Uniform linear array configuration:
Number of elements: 16
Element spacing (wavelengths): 0.5
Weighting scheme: kaiser
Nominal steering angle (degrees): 15
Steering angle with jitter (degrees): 14.253
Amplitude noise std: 0.05
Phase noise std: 0.05

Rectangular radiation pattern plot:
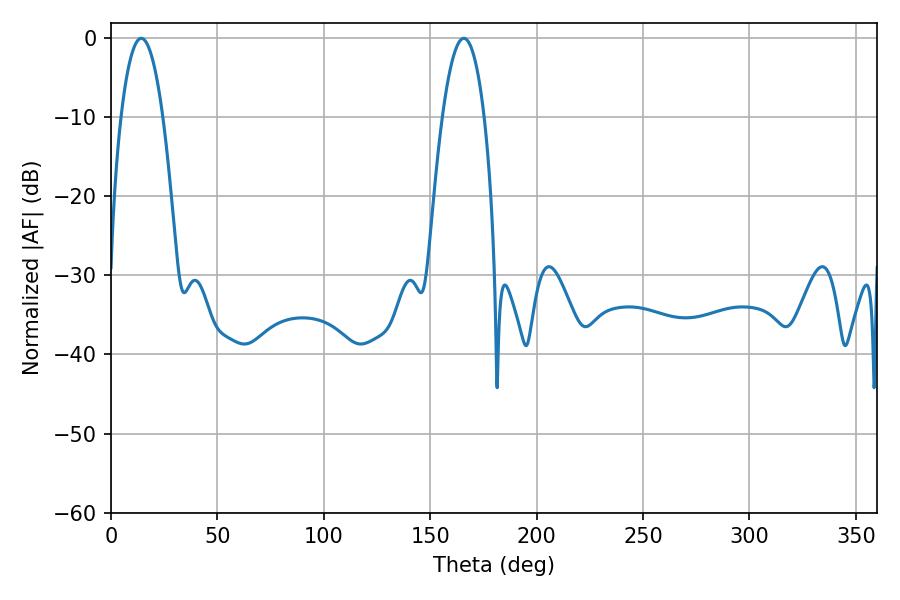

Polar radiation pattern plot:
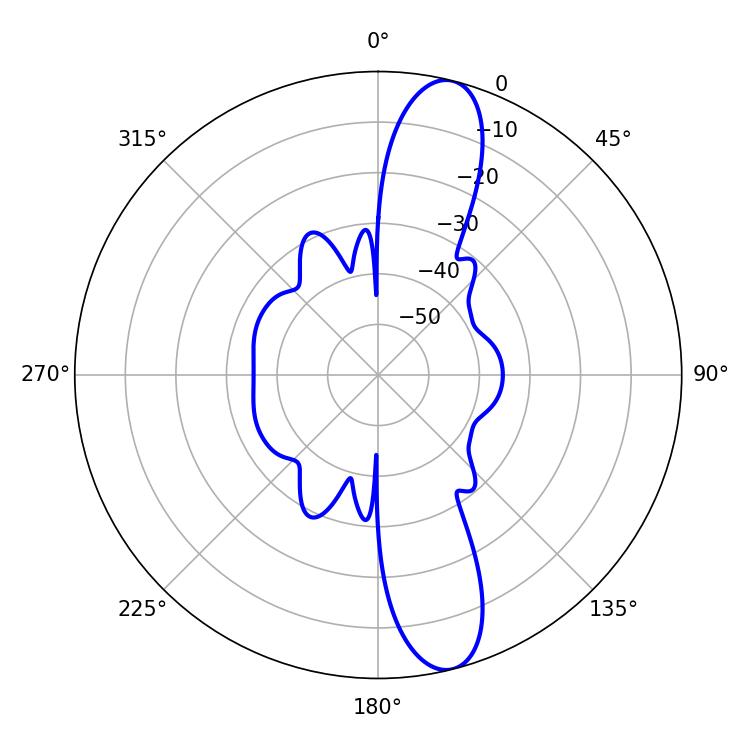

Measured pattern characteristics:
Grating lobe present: FALSE
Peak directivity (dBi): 12.988
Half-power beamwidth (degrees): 10.98
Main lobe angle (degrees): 165.78